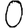
Digit: 0